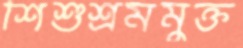
শিশুশ্রমমুক্ত